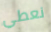
نعطي